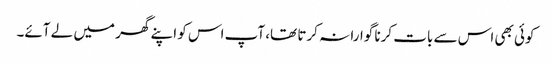
کوئی بھی اس سے بات کرنا گوارا نہ کرتا تھا، آپ اس کو اپنے گھر میں لے آئے۔